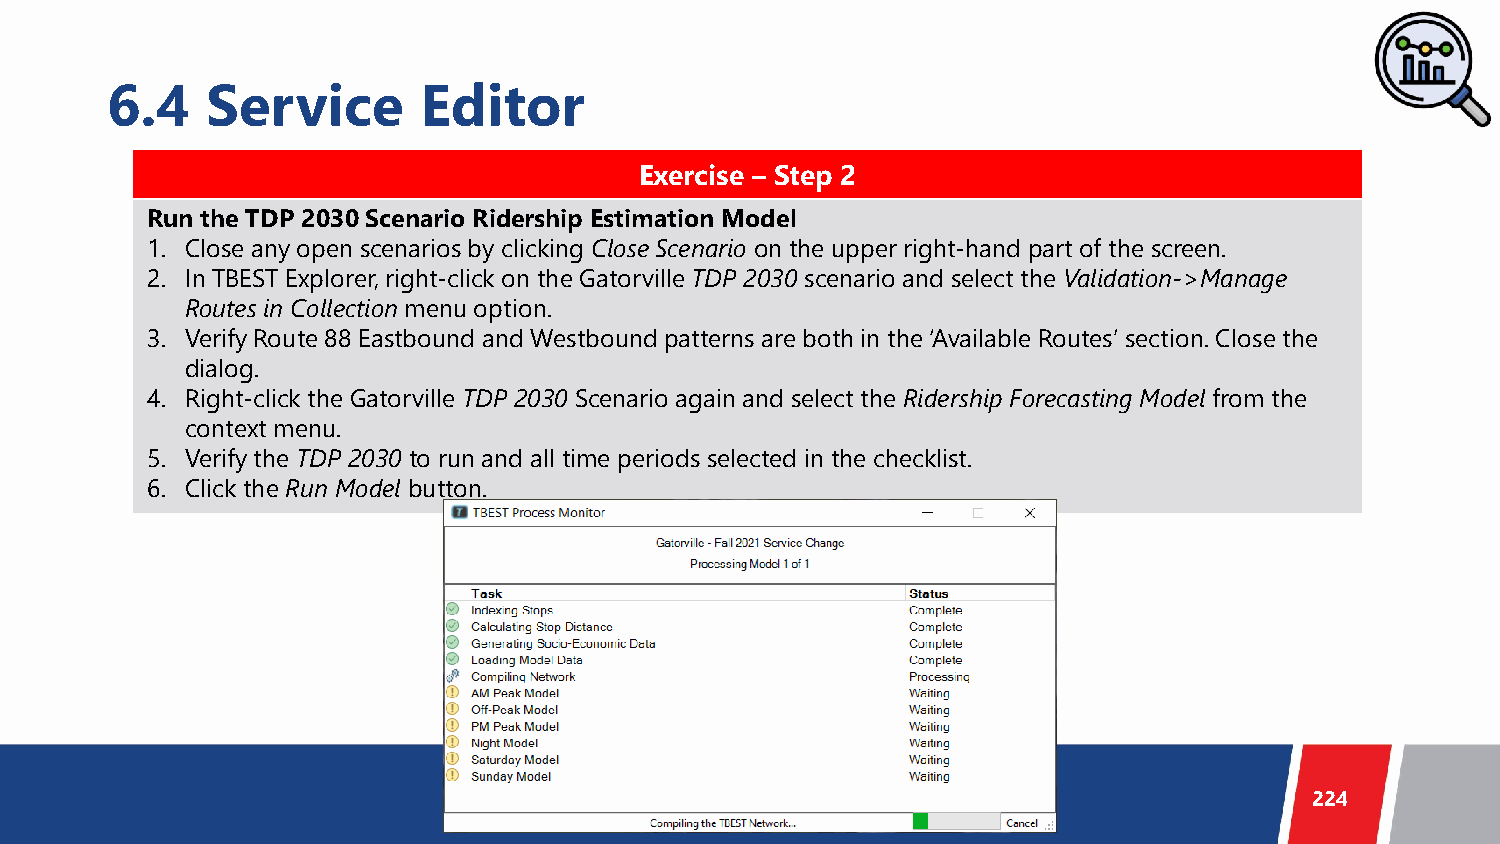
6.4    Service       Editor
 Exercise – Step 2
 Run the TDP 2030 Scenario Ridership Estimation Model
 1. Close any open scenarios by clicking Close Scenario on the upper right-hand part of the screen.
 2. In TBEST Explorer, right-click on the Gatorville TDP 2030 scenario and select the Validation->Manage
 Routes in Collectionmenu option.
 3. Verify Route 88 Eastbound and Westbound patterns are both in the ‘Available Routes’ section. Close the
 dialog.
 4. Right-click the Gatorville TDP 2030 Scenario again and select the Ridership Forecasting Model from the
 context menu.
 5. Verify the TDP 2030 to run and all time periods selected in the checklist.
 6. Click the Run Model button.
 224